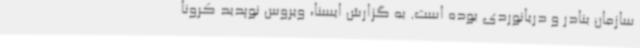
سازمان بنادر و دریانوردی بوده است. به گزارش ایسنا، ویروس نوپدید کرونا